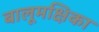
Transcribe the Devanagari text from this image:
बालूमक्षिका